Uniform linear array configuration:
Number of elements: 64
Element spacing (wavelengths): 1
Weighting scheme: uniform
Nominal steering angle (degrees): -45
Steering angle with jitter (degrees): -44.862
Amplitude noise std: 0.05
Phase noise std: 0.05

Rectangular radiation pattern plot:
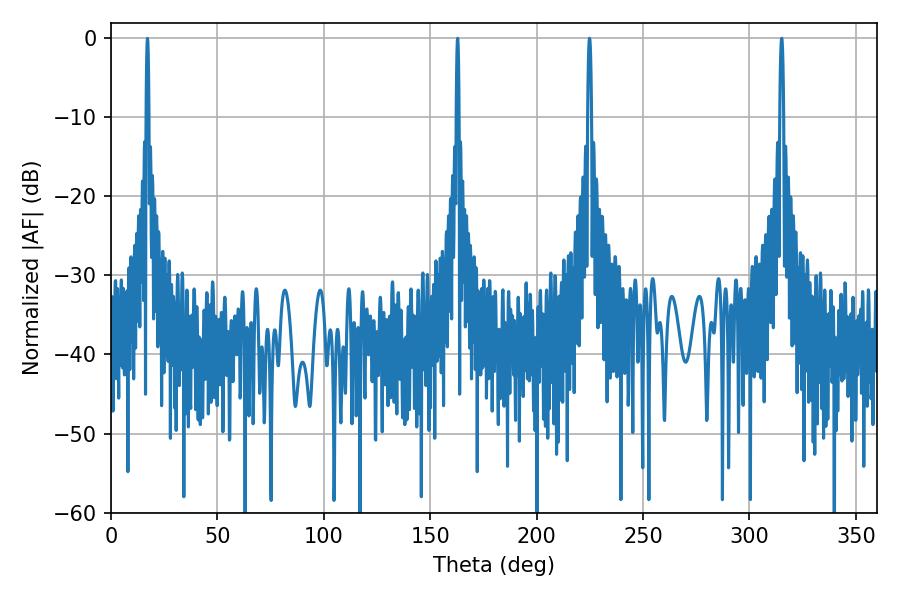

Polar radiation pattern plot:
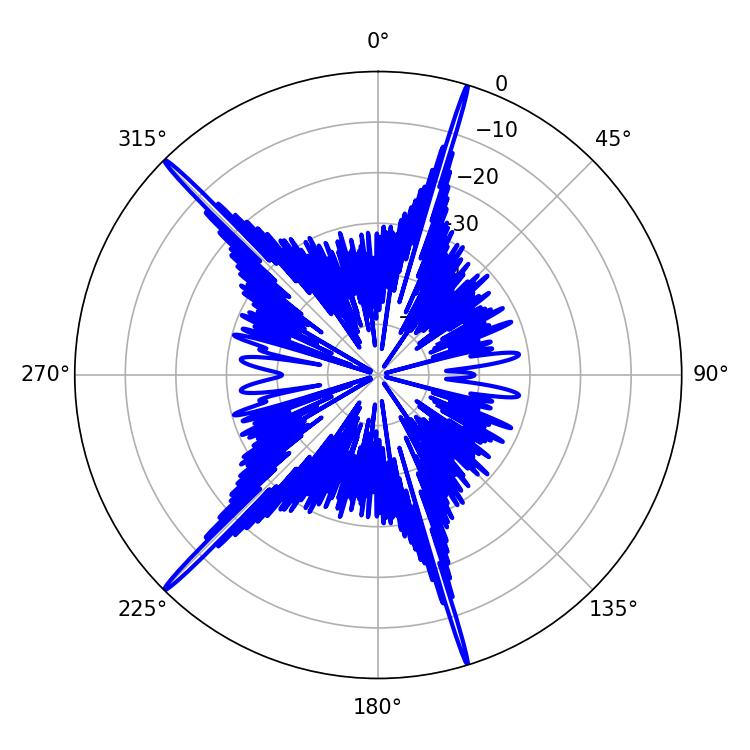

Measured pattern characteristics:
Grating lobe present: TRUE
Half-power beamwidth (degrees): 0.9
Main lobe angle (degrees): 224.82